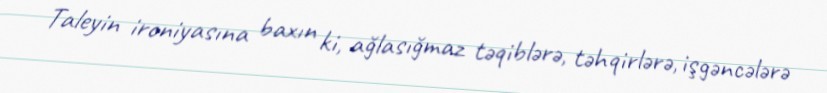
Taleyin ironiyasına baxın ki, ağlasığmaz təqiblərə, təhqirlərə, işgəncələrə